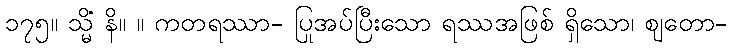
၁၇၅။ သ္မိံ နိ။ ။ ကတရဿာ- ပြုအပ်ပြီးသော ရဿအဖြစ် ရှိသော၊ ဈတော-